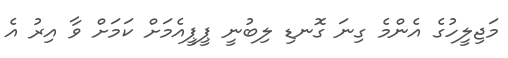
މަޖިލީހުގެ އެންމެ ގިނަ ގޮނޑި ލިބުނީ ޕީޕީއެމަށް ކަމަށް ވާ އިރު އެ